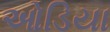
ઓડિયા